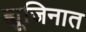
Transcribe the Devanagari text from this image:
ह्यूजिनात